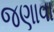
જણાવા